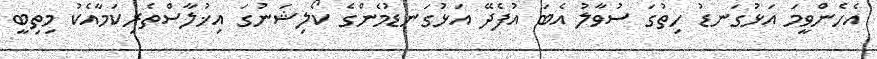
އެހެންވީމަ އަޅުގަނޑު ހިތުގަ ސުވާލު އެބަ އުފެދޭ އަޅުގަނޑުމެންގެ ކޯލިޝަނުގަ އިޚުލާސްތެރިކަމާއެކު މިތިބީ